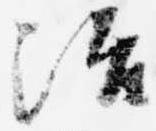
治